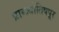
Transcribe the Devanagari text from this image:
प्राग्ज्योतिषपूर